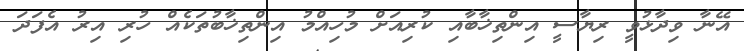
އޭނާ ވިދާޅުވީ ރިޔާސީ އިންތިޚާބާއި ކުރިއަށް މުހިއްމު އިންތިޚާބުތަކެއް ހުރި އިރު އެފަދަ